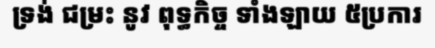
ទ្រង់ ជម្រះ នូវ ពុទ្ធកិច្ច ទាំងឡាយ ៥ប្រការ